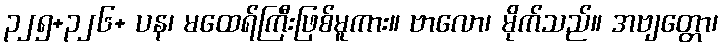
၃၂၅+၃၂၆+ ပန၊ မထေရ်ကြီးဖြစ်မူကား။ ဗာလော၊ မိုက်သည်။ အဗျတ္တော၊